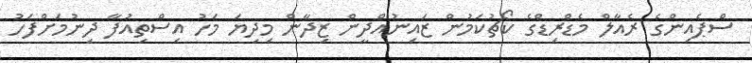
ސްޕެއިންގެ ރެއާލް މެޑްރިޑްގެ ކޯޗުކަމުން ޒައިނުއްދީން ޒިދާން މިދިޔަ މަހު އިސްތިއުފާ ދިނުމަށްފަހު